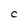
Character: C